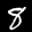
Label: 8